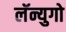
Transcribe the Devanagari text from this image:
लॅन्युगो